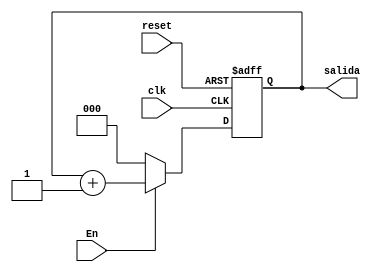
`timescale 1ns / 1ps
//////////////////////////////////////////////////////////////////////////////////
// Company: 
// Engineer: 
// 
// Design Name: 
// Module Name:    contador_inicializacion 
// Project Name: 
// Target Devices: 
// Tool versions: 
// Description: 
//
// Dependencies: 
//
// Revision: 
// Revision 0.01 - File Created
// Additional Comments: 
//
//////////////////////////////////////////////////////////////////////////////////
module contador_inicializacion(
input En,
input clk,
input reset,
output [2:0] salida 
    );

reg [2:0]q_act, q_next;


//Body of "state" registers
always@(posedge clk,posedge reset)
	if(reset) begin
		q_act<= 0;end
	else
		q_act <= q_next;

//Specified functions of the counter 		
always@*
begin
	if(En)
		begin
			q_next = q_act + 1'b1;
		end
		else 
			q_next = 1'b0;

end

assign salida = q_act;
 
endmodule